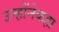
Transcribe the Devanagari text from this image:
उन्होंनेकहा